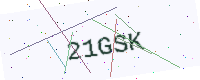
Text: 21GSK